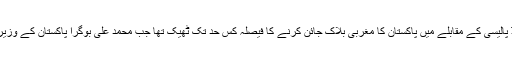
احمد:نان الائنڈ پالیسی کے مقابلے میں پاکستان کا مغربی بلاک جائن کرنے کا فیصلہ کس حد تک ٹھیک تھا جب محمد علی بوگرا پاکستان کے وزیر اعظم تھے ؟